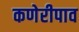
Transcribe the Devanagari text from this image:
कणेरीपाव